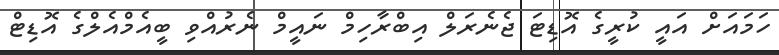
ހަމައަށް އައީ ކުރީގެ އޮޑިޓަ ޖެނެރަލް އިބްރާހިމް ނައީމް ނެރުއްވި ބީއެމްއެލްގެ އޮޑިޓް